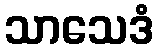
သာသေဒံ